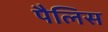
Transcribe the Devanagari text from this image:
पैलिस